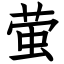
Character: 萤